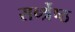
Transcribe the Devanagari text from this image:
सर्ब्श्रेष्ठ